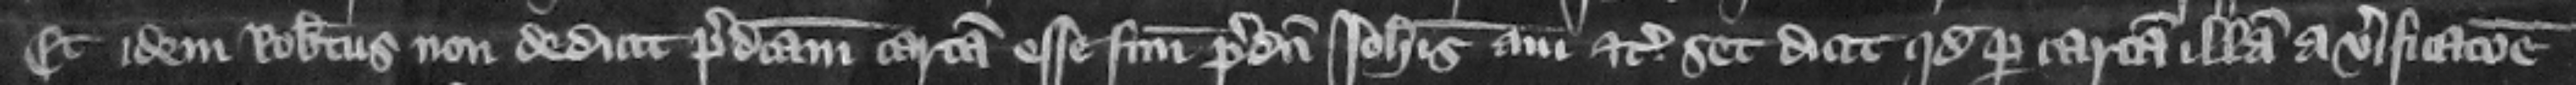
Et idem Robertus non dedicit predictam cartam esse factum predicti Iohannis aui etc. set dicit quod per cartam illam a verificacione